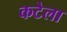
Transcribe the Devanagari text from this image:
कटेला